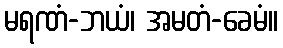
မရဏံ-ဘယံ၊ အမတံ-ခေမံ။